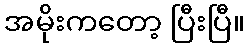
အမိုးကတော့ ပြီးပြီ။